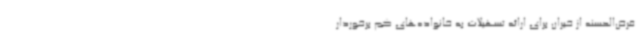
قرض‌الحسنه از خیران برای ارائه تسهیلات به خانواده‌های کم برخوردار